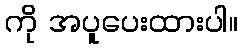
ကို အပူပေးထားပါ။